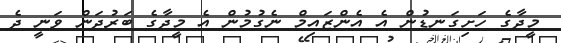
މީދާގެ ހަށިގަނޑުން އެ އެންޒައިމް ނެގުމުން އެ މީދާގެ ބަރުދަން ވަނީ ދެ